Kuressaare_kinnistusamet, lk 7
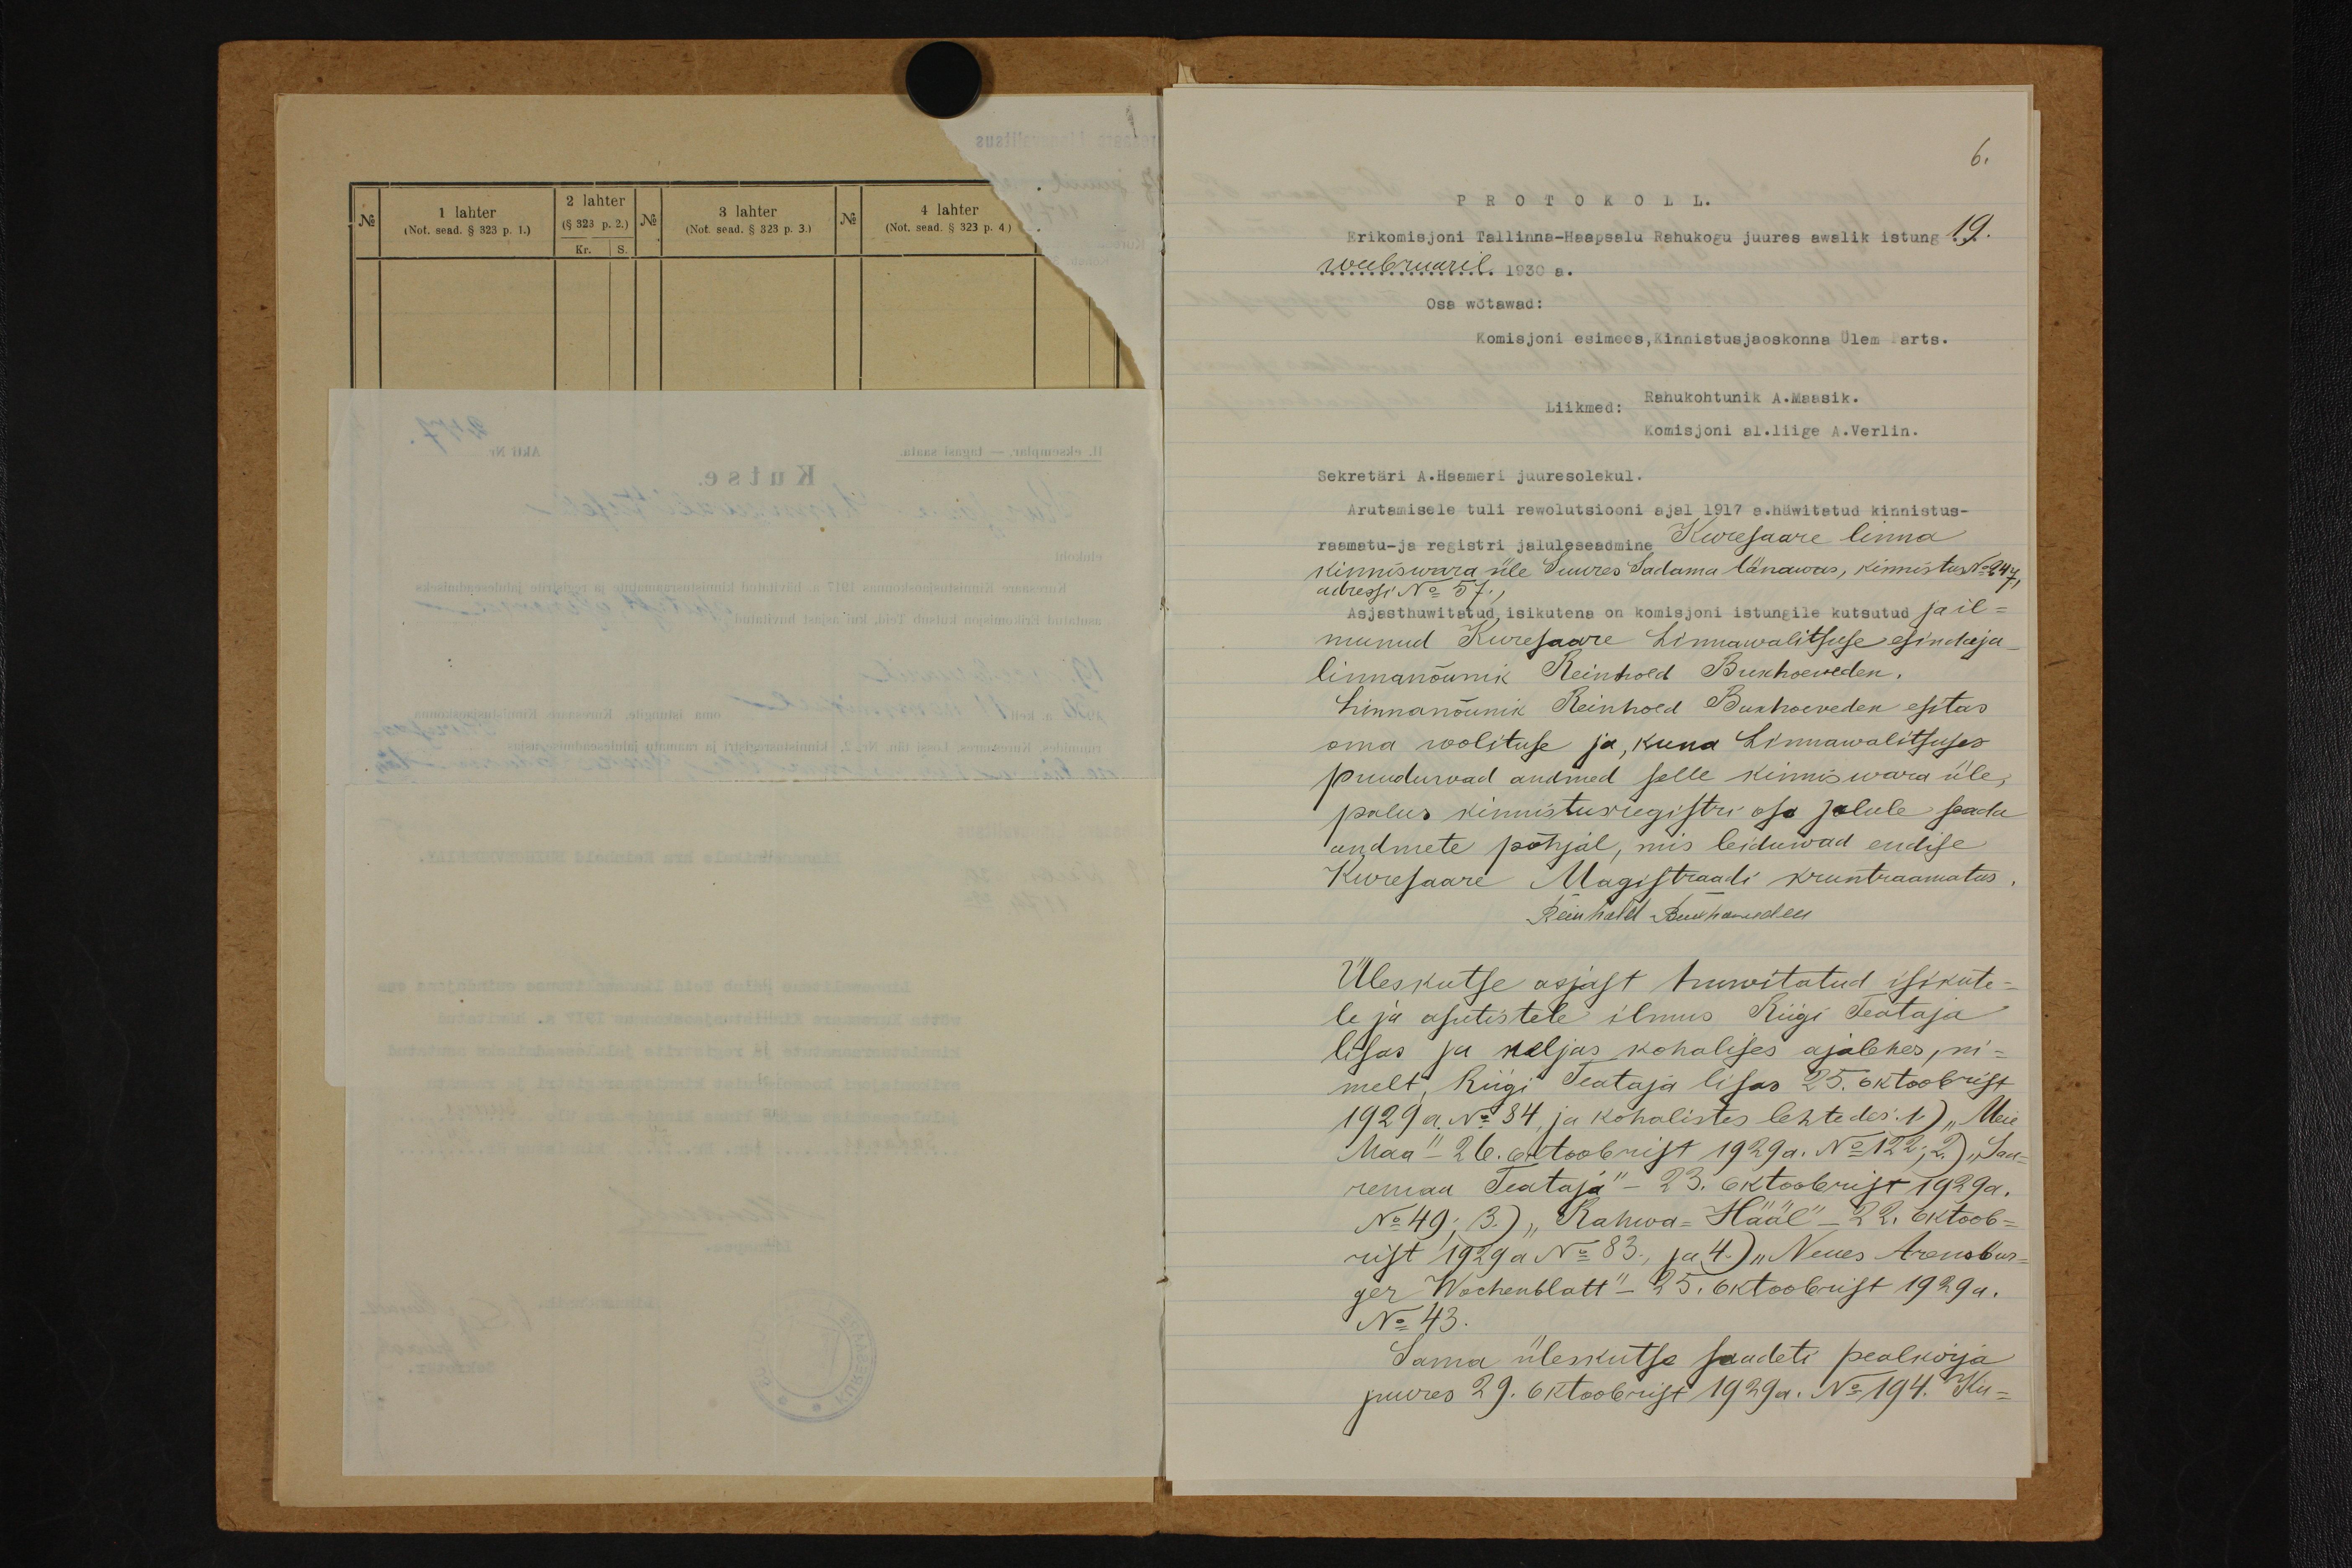
6.
PROTOKOLL.
Erikomisjoni Tallinna-Haapsalu Rahukogu juures awalik istung 19.
weebruaril 1930 a.
Osa wõtawad:
Komisjoni esimees, kinnistusjaoskonna Ülem Parts.
Liikmed: Rahukohtunik A. Maasik.
Komisjoni al. liige A. Verlin.
Sekretäri A. Haameri juuresolekul.
Arutamisele tuli rewolutsiooni ajal 1917 a. häwitatud kinnistus-
raamatu- ja registri jalulgeseadmine Kuresaare linna
kinniswara üle Suures Sadama tänawas, kinnistus No 247
adressi No 57.
Asjasthuwitatud isikutena on komisjoni istungile kutsutud ja il-
munud Kuresaare Linnawalitsuse esindaja.
linnanõunik Reinhold Buxhoeveden,
Linnanõunik Reinhold Buxhoeveden esitas
oma wolituse ja, kuna Linnawalitsuses
puuduvad andmed selle kinniswara üle,
palus kinnistusegistri osa jalule saada
andmete põhjal, mis leiduwad endise
Kuresaare Magistraadi kruntraamatus,
Reinhold Buxhoevden
Üleskutse asjast huvitatud isikute-
le ja asutistele ilmus Riigi Teataja
lisas ja neljas kohalises ajalehes, ni-
melt, Riigi Teataja lisas 25. oktoobrist
1929 a. N: 84, ja kohalistes lehtedes: 1) "Meie
Maa" - 26. oktoobrist 1929 a. No: 122; 2) "Saa-
remaa Teataja" - 23. oktoobrist 1929 a.
No 49; 3.) "Rahwa-Hääl" - 22. oktoob-
rist 1929 a No: 83, ja 4.) "Neues Arensbur-
ger Wochenblatt"- 25. oktoobrist 1929 a.
No 43.
sama üleskutse saadeti pealkirja
juures 29. oktoobrist 1929 a. No: 194. Ku-